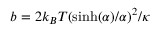
b = 2 k _ { B } T ( \sinh ( \alpha ) / \alpha ) ^ { 2 } / \kappa